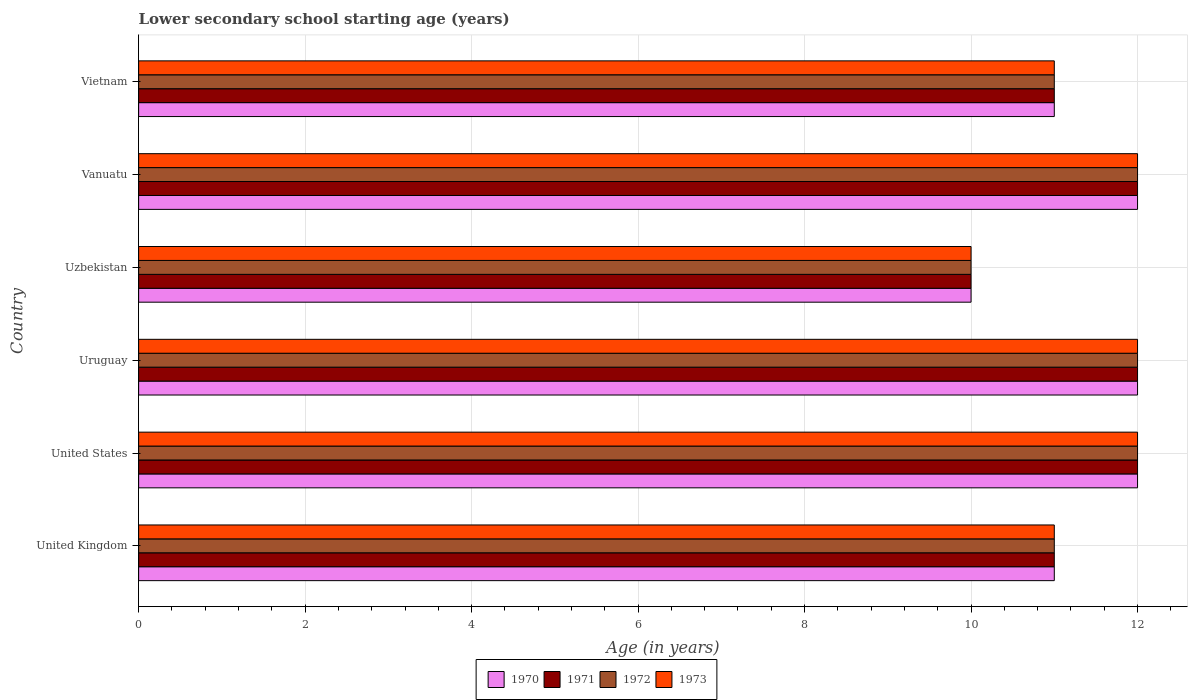
| Country | 1970 | 1971 | 1972 | 1973 |
 | --- | --- | --- | --- | --- |
 | United Kingdom | 11 | 11 | 11 | 11 |
 | United States | 12 | 12 | 12 | 12 |
 | Uruguay | 12 | 12 | 12 | 12 |
 | Uzbekistan | 10 | 10 | 10 | 10 |
 | Vanuatu | 12 | 12 | 12 | 12 |
 | Vietnam | 11 | 11 | 11 | 11 |